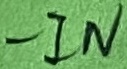
Text: -IN